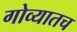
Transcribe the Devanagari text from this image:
गोव्यातच